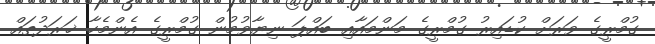
ގުމްރީގެ ވަރަށް ކުޑައިރު ގުމްރީގެ މަންމައާއި ބައްޕަ ނިޔާވުމުން ގުމްރީގެ އެންމެހާ ޚަރަދުތައް